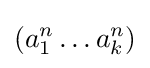
(a_{1}^{n}\ldots a_{k}^{n})